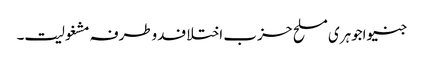
جنیواجوہری مسلح حزب اختلافدوطرفہ مشغولیت۔